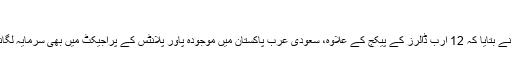
‘
ہارون شریف نے بتایا کہ 12 ارب ڈالرز کے پیکج کے علاوہ، سعودی عرب پاکستان میں موجودہ پاور پلانٹس کے پراجیکٹ میں بھی سرمایہ لگانا چاہ رہا ہے۔